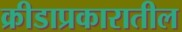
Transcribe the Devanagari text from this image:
क्रीडाप्रकारातील